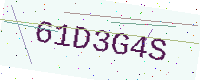
Text: 61D3G4S